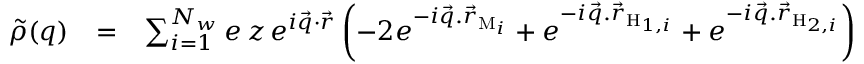
\begin{array} { r l r } { \tilde { \rho } ( q ) } & { = } & { \sum _ { i = 1 } ^ { N _ { w } } e \, z \, e ^ { i \vec { q } \cdot \vec { r } } \left( - 2 e ^ { - i \vec { q } . \vec { r } _ { \mathrm { M } _ { i } } } + e ^ { - i \vec { q } . \vec { r } _ { \mathrm { H } _ { 1 , i } } } + e ^ { - i \vec { q } . \vec { r } _ { \mathrm { H } _ { 2 , i } } } \right) } \end{array}